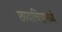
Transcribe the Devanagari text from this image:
छायाचित्रामध्ये